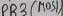
Text: PB3